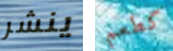
ينشر كطعم